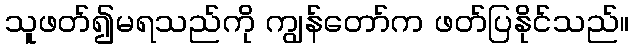
သူဖတ်၍မရသည်ကို ကျွန်တော်က ဖတ်ပြနိုင်သည်။